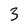
Character: 3